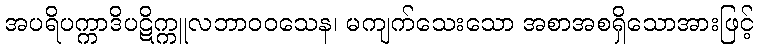
အပရိပက္ကာဒိပဋိက္ကူလဘာဝဝသေန၊ မကျက်သေးသော အစာအစရှိသောအားဖြင့်